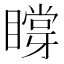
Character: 𥊼